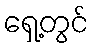
ရှေ့တွင်